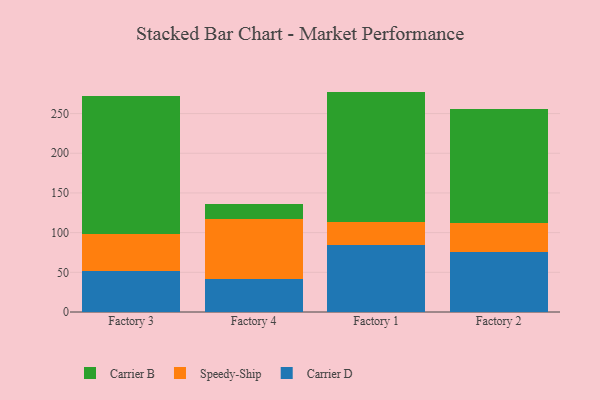
{"axis": {"x": "Factory", "y": "Backlog"}, "legend": ["Carrier B", "Carrier D", "Speedy-Ship"], "data": [{"x": "Factory 3", "y": 51.9, "type": "Carrier D"}, {"x": "Factory 3", "y": 46.4, "type": "Speedy-Ship"}, {"x": "Factory 3", "y": 173.4, "type": "Carrier B"}, {"x": "Factory 4", "y": 41.5, "type": "Carrier D"}, {"x": "Factory 4", "y": 76.3, "type": "Speedy-Ship"}, {"x": "Factory 4", "y": 17.7, "type": "Carrier B"}, {"x": "Factory 1", "y": 84.8, "type": "Carrier D"}, {"x": "Factory 1", "y": 28.0, "type": "Speedy-Ship"}, {"x": "Factory 1", "y": 164.9, "type": "Carrier B"}, {"x": "Factory 2", "y": 76.1, "type": "Carrier D"}, {"x": "Factory 2", "y": 36.4, "type": "Speedy-Ship"}, {"x": "Factory 2", "y": 143.5, "type": "Carrier B"}]}